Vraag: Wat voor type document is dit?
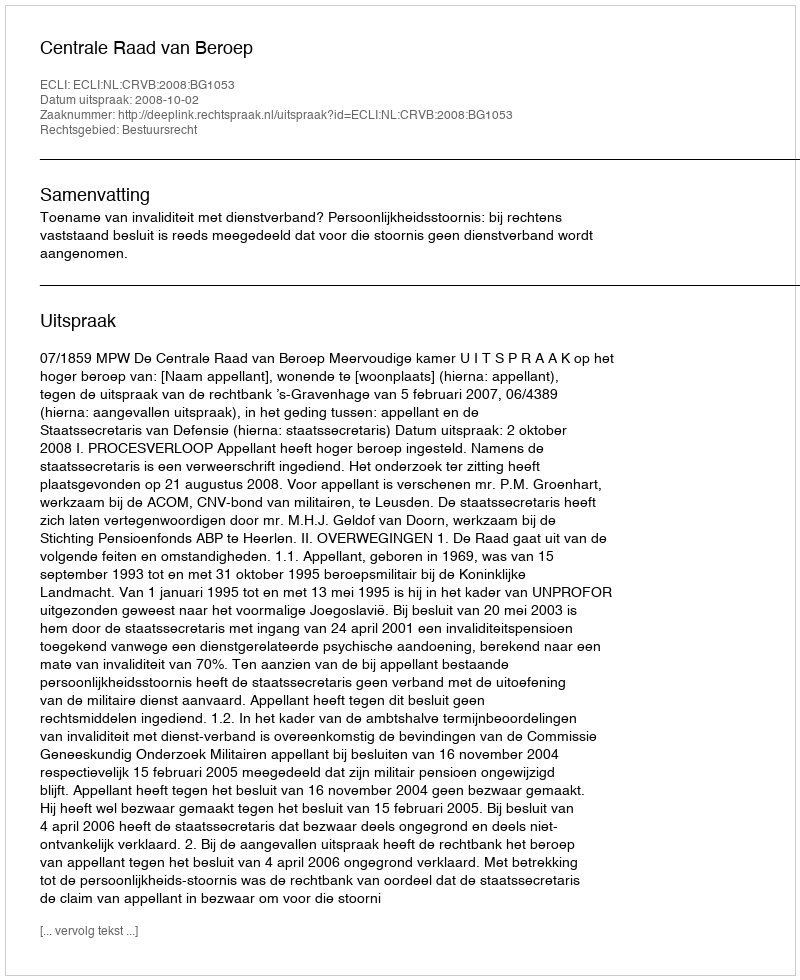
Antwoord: Uitspraak